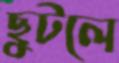
ছুটলে